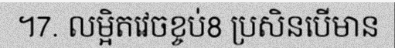
។7. លម្អិតវេចខ្ចប់8 ប្រសិនបើមាន